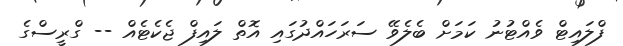
ފްލައިޓް ވެއްޓުނު ކަމަށް ބެލެވޭ ސަރަހައްދުގައި އޮތް ލައިފް ޖެކެޓެއް -- ގްރީސްގެ